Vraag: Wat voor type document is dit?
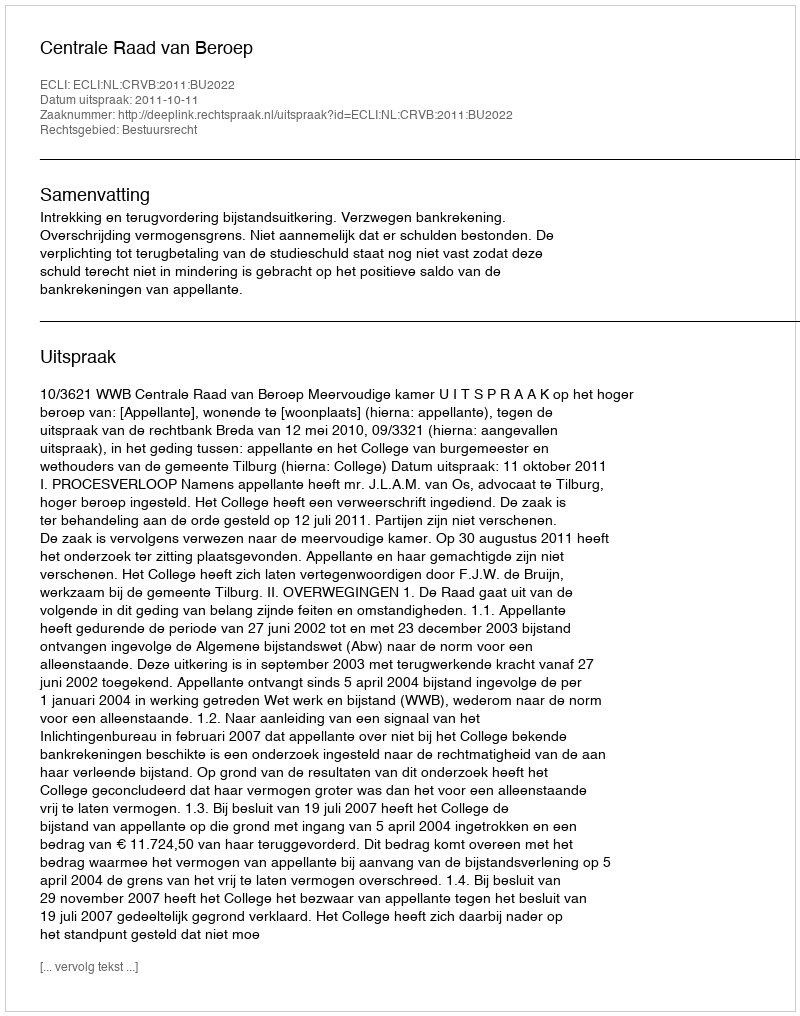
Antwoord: Uitspraak